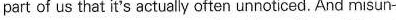
part of us that it's actually often unnotcod, And misuns